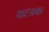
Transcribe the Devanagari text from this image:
करंजक